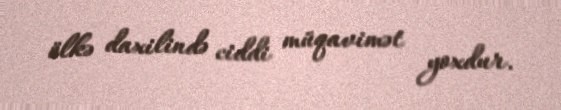
ölkə daxilində ciddi müqavimət yoxdur.